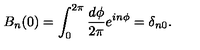
B _ { n } ( 0 ) = \int _ { 0 } ^ { 2 \pi } \frac { d \phi } { 2 \pi } e ^ { i n \phi } = \delta _ { n 0 } .